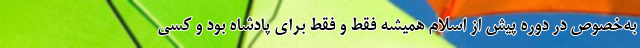
به‌خصوص در دوره پیش از اسلام همیشه فقط و فقط برای پادشاه بود و کسی